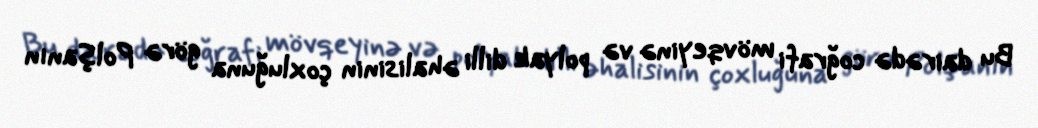
Bu dairədə coğrafi mövqeyinə və polyak dilli əhalisinin çoxluğuna görə Polşanın